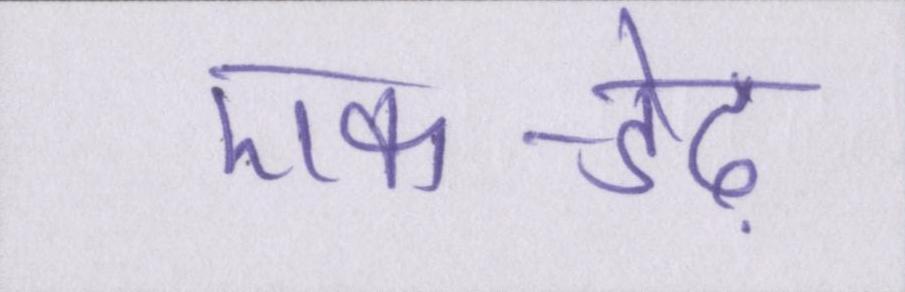
एक-डेढ़